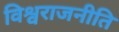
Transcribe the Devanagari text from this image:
विश्वराजनीति